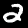
Digit: 2